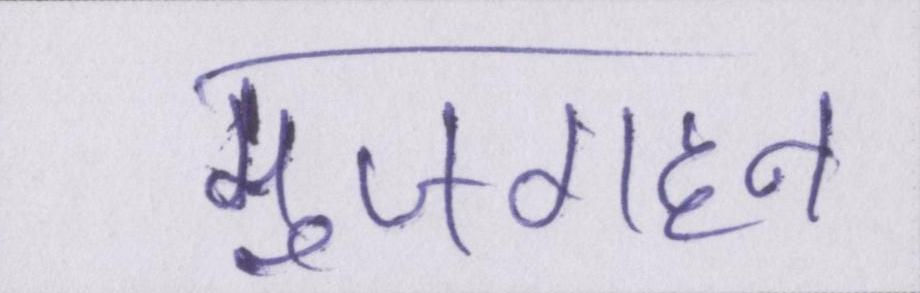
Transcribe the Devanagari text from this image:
मुजगहन